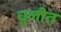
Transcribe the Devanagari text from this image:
चुलीत